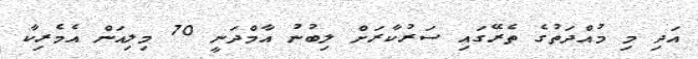
އަދި މި މުއްދަތުގެ ތެރޭގައި ސަރުކާރަށް ލިބުނު އާމްދަނީ 70 މިލިއަން އެމެރިކާ